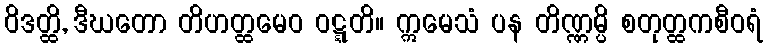
ဝိဒတ္ထိ, ဒီဃတော တိဟတ္ထမေဝ ဝဋ္ဋတိ။ ဣမေသံ ပန တိဏ္ဏမ္ပိ စတုတ္ထကစီဝရံ